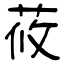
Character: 莜